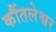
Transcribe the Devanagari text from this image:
कौंतलेश्वर